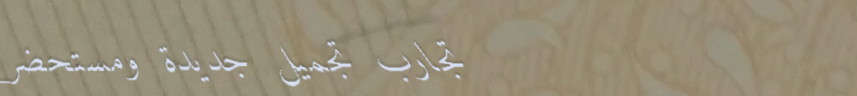
تجارب تجميل جديدة ومستحضر